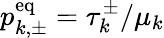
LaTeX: p_{k,\pm}^{\mathrm{eq}}=\tau_{k}^{\pm}/\mu_{k}